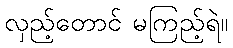
လှည့်တောင် မကြည့်ရဲ။